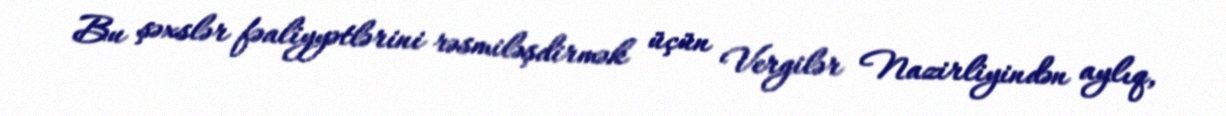
Bu şəxslər fəaliyyətlərini rəsmiləşdirmək üçün Vergilər Nazirliyindən aylıq,